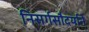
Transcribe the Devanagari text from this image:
निसर्गसौदर्याने